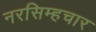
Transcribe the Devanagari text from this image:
नरसिम्हचार